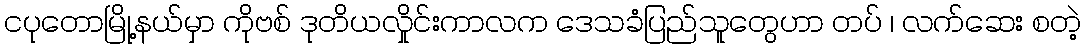
ငပုတောမြို့နယ်မှာ ကိုဗစ် ဒုတိယလှိုင်းကာလက ဒေသခံပြည်သူတွေဟာ တပ် ၊ လက်ဆေး စတဲ့